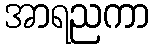
အာရညကာ